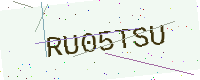
Text: RU05TSU